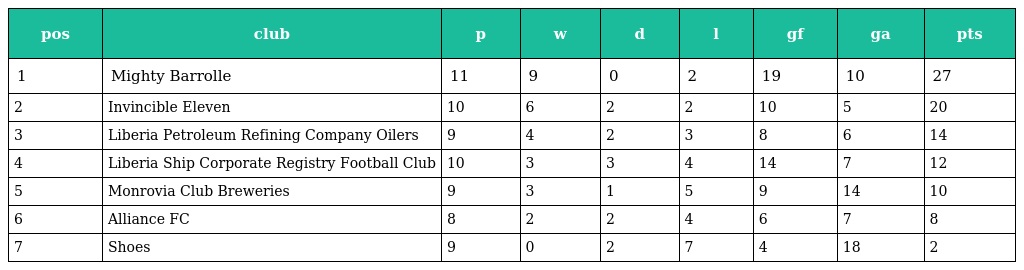
| pos | club | p | w | d | l | gf | ga | pts |
 | --- | --- | --- | --- | --- | --- | --- | --- | --- |
 | 1 | Mighty Barrolle | 11 | 9 | 0 | 2 | 19 | 10 | 27 |
 | 2 | Invincible Eleven | 10 | 6 | 2 | 2 | 10 | 5 | 20 |
 | 3 | Liberia Petroleum Refining Company Oilers | 9 | 4 | 2 | 3 | 8 | 6 | 14 |
 | 4 | Liberia Ship Corporate Registry Football Club | 10 | 3 | 3 | 4 | 14 | 7 | 12 |
 | 5 | Monrovia Club Breweries | 9 | 3 | 1 | 5 | 9 | 14 | 10 |
 | 6 | Alliance FC | 8 | 2 | 2 | 4 | 6 | 7 | 8 |
 | 7 | Shoes | 9 | 0 | 2 | 7 | 4 | 18 | 2 |